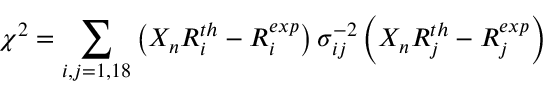
\chi ^ { 2 } = \sum _ { i , j = 1 , 1 8 } \left( X _ { n } R _ { i } ^ { t h } - R _ { i } ^ { e x p } \right) \sigma _ { i j } ^ { - 2 } \left( X _ { n } R _ { j } ^ { t h } - R _ { j } ^ { e x p } \right)